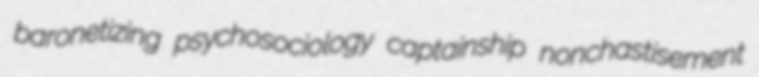
baronetizing psychosociology captainship nonchastisement